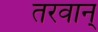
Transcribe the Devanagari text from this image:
तरवान्